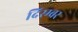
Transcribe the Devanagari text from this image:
दिस्म्बर